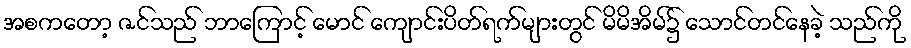
အစကတော့ ဇင်သည် ဘာကြောင့် မောင် ကျောင်းပိတ်ရက်များတွင် မိမိအိမ်၌ သောင်တင်နေခဲ့ သည်ကို